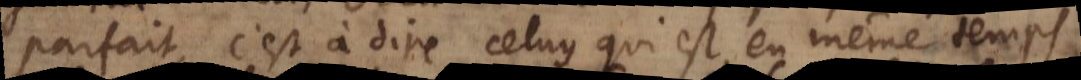
parfait, c’est à dire celuy qui est en même temps